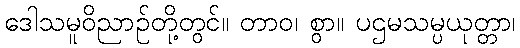
ဒေါသမူဝိညာဉ်တို့တွင်။ တာဝ၊ စွာ။ ပဌမသမ္ပယုတ္တာ၊